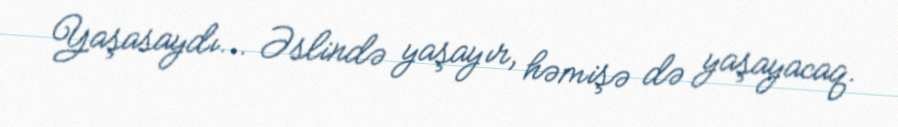
Yaşasaydı... Əslində yaşayır, həmişə də yaşayacaq.